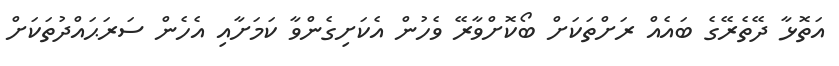
އަތޮޅާ ދޭތެރޭގެ ބައެއް ރަށްތަކަށް ބޯކޮށްވާރޭ ވެހުން އެކަށިގެންވާ ކަމަށާއި އެހެން ސަރަޙައްދުތަކަށް